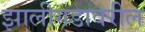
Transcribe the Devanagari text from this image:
झालीगडावरील